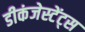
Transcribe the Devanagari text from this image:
डीकंजेस्टेंट्स